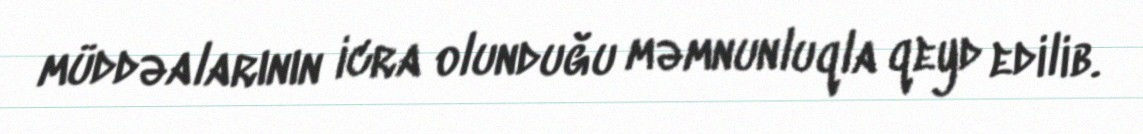
müddəalarının icra olunduğu məmnunluqla qeyd edilib.